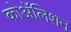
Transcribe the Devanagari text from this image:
कोॲलिशन